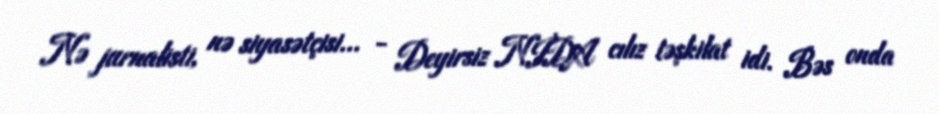
Nə jurnalisti, nə siyasətçisi... - Deyirsiz NİDA cılız təşkilat idi. Bəs onda